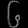
Digit: ၆